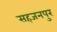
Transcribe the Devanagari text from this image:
सहजनपुर